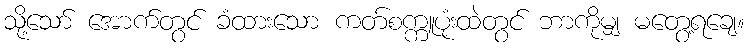
သို့သော် အောက်တွင် ခံထားသော ကတ်စက္ကူပုံးထဲတွင် ဘာကိုမျှ မတွေ့ရချေ။